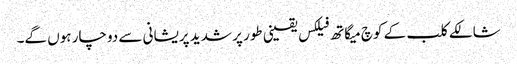
شالکے کلب کے کوچ میگاتھ فیلکس یقینی طور پر شدید پریشانی سے دوچار ہوں گے۔